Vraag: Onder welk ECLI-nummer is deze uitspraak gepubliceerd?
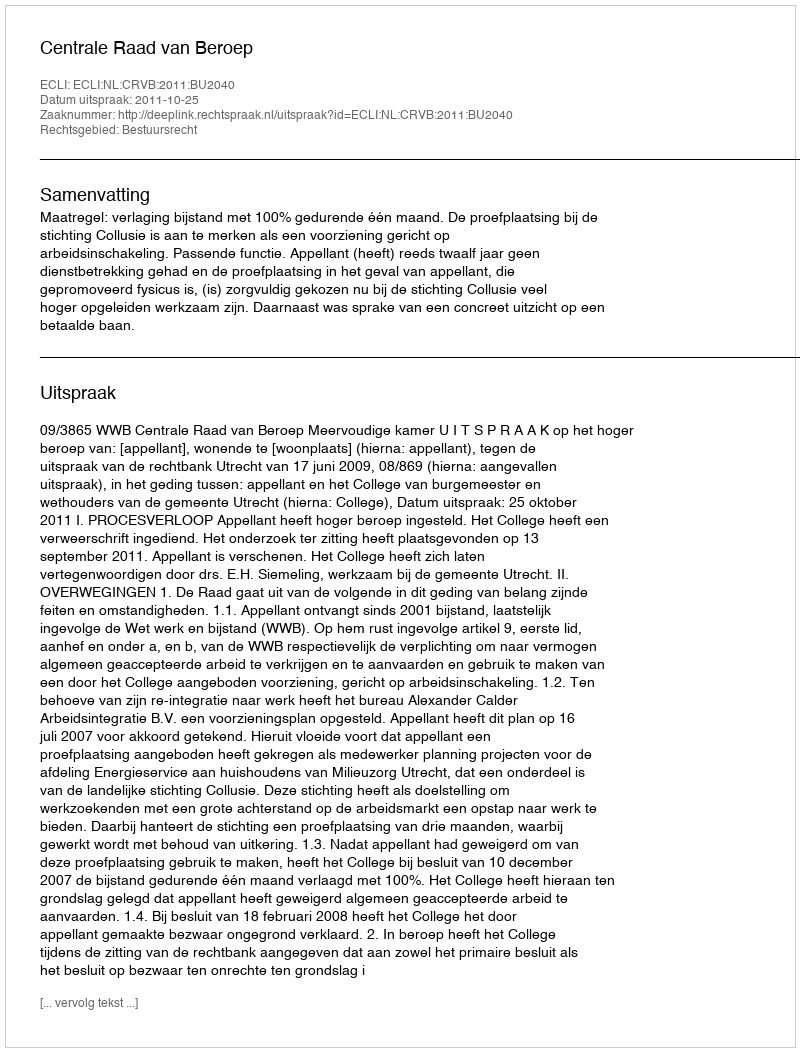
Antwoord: ECLI:NL:CRVB:2011:BU2040